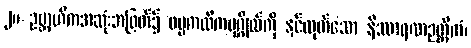
၂။ ဥဗ္ဘာဟိကအဆုံးအဖြတ်၌ ဓမ္မကထိကပုဂ္ဂိုလ်ကို နှင်ထုတ်သော နိဿာရဏဉတ္တိကံ၊